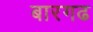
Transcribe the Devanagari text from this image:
बारगढ